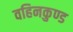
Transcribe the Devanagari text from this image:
वहिनकुण्ड